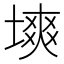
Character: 塽